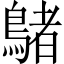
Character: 𪃲